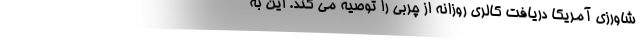
شاورزی آمریکا دریافت کالری روزانه از چربی را توصیه می کند. این به